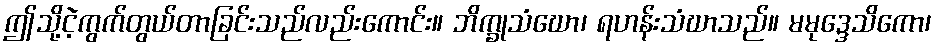
ဤသို့ငဲ့ကွက်တွယ်တာခြင်းသည်လည်းကောင်း။ ဘိက္ခုသံဃော၊ ရဟန်းသံဃာသည်။ မမုဒ္ဒေသိကော၊